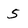
Character: 5